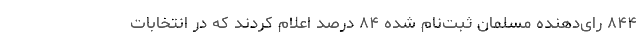
۸۴۴ رای‌دهنده مسلمان ثبت‌نام شده ۸۴ درصد اعلام کردند که در انتخابات